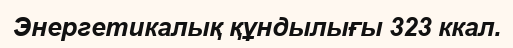
Энергетикалық құндылығы 323 ккал.